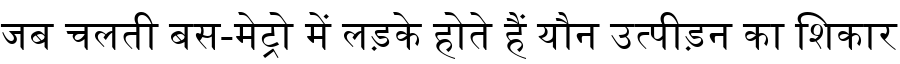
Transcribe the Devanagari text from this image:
जब चलती बस-मेट्रो में लड़के होते हैं यौन उत्पीड़न का शिकार